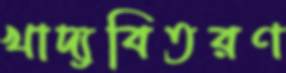
খাদ্যবিতরণ